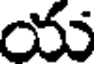
య